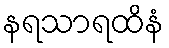
နရသာရထိနံ